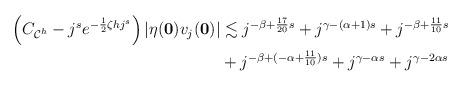
LaTeX: \begin{align*} \begin{aligned} \left(C_{\mathcal C^h}-j^s e^{-\frac{1}{2}\zeta hj^s}\right)\vert \eta(\mathbf 0)v_j(\mathbf 0)\vert &\lesssim j^{-\beta +\frac{17}{20}s}+j^{\gamma-(\alpha+1)s}+j^{-\beta+\frac{11}{10}s}\\ &+j^{-\beta+(-\alpha+\frac{11}{10})s} +j^{\gamma-\alpha s}+j^{\gamma-2\alpha s} \end{aligned} \end{align*}